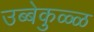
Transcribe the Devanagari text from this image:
उब्बेकुळ्ळ